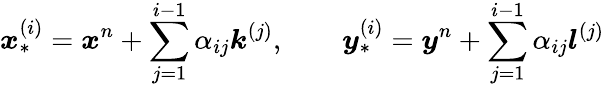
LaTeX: \boldsymbol{x}_{*}^{(i)}=\boldsymbol{x}^{n}+\sum_{j=1}^{i-1}\alpha_{ij}\boldsymbol{k}^{(j)},\qquad\boldsymbol{y}_{*}^{(i)}=\boldsymbol{y}^{n}+\sum_{j=1}^{i-1}\alpha_{ij}\boldsymbol{l}^{(j)}